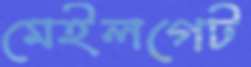
মেইলগেট